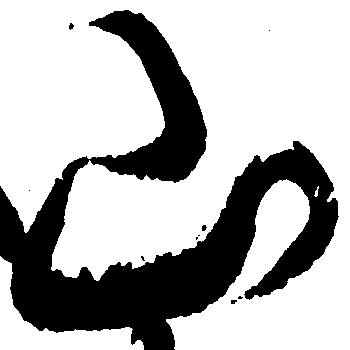
山